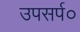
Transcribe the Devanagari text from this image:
उपसर्प०